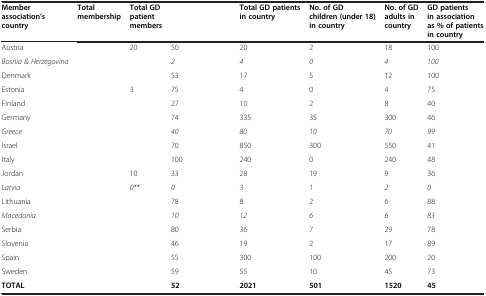
<table><thead><tr><td><b>Member association’s country</b></td><td><b>Total membership</b></td><td><b>Total GD patient members</b></td><td>[EMPTY_CELL]</td><td><b>Total GD patients in country</b></td><td><b>No. of GD children (under 18) in country</b></td><td><b>No. of GD adults in country</b></td><td><b>GD patients in association as % of patients in country</b></td></tr></thead><tbody><tr><td>Austria</td><td>[EMPTY_CELL]</td><td>20</td><td>50</td><td>20</td><td>2</td><td>18</td><td>100</td></tr><tr><td><i>Bosnia &amp; Herzegovina</i></td><td>[EMPTY_CELL]</td><td>[EMPTY_CELL]</td><td><i>2</i></td><td><i>4</i></td><td><i>0</i></td><td><i>4</i></td><td><i>100</i></td></tr><tr><td>Denmark</td><td>[EMPTY_CELL]</td><td>[EMPTY_CELL]</td><td>53</td><td>17</td><td>5</td><td>12</td><td>100</td></tr><tr><td>Estonia</td><td>[EMPTY_CELL]</td><td>3</td><td>75</td><td>4</td><td>0</td><td>4</td><td>75</td></tr><tr><td>Finland</td><td>[EMPTY_CELL]</td><td>[EMPTY_CELL]</td><td>27</td><td>10</td><td>2</td><td>8</td><td>40</td></tr><tr><td>Germany</td><td>[EMPTY_CELL]</td><td>[EMPTY_CELL]</td><td>74</td><td>335</td><td>35</td><td>300</td><td>46</td></tr><tr><td><i>Greece</i></td><td>[EMPTY_CELL]</td><td>[EMPTY_CELL]</td><td><i>40</i></td><td><i>80</i></td><td><i>10</i></td><td><i>70</i></td><td><i>99</i></td></tr><tr><td>Israel</td><td>[EMPTY_CELL]</td><td>[EMPTY_CELL]</td><td>70</td><td>850</td><td>300</td><td>550</td><td>41</td></tr><tr><td>Italy</td><td>[EMPTY_CELL]</td><td>[EMPTY_CELL]</td><td>100</td><td>240</td><td>0</td><td>240</td><td>48</td></tr><tr><td>Jordan</td><td>[EMPTY_CELL]</td><td>10</td><td>33</td><td>28</td><td>19</td><td>9</td><td>36</td></tr><tr><td><i>Latvia</i></td><td>[EMPTY_CELL]</td><td><i>0**</i></td><td><i>0</i></td><td><i>3</i></td><td><i>1</i></td><td><i>2</i></td><td><i>0</i></td></tr><tr><td>Lithuania</td><td>[EMPTY_CELL]</td><td>[EMPTY_CELL]</td><td>78</td><td>8</td><td>2</td><td>6</td><td>88</td></tr><tr><td><i>Macedonia</i></td><td>[EMPTY_CELL]</td><td>[EMPTY_CELL]</td><td><i>10</i></td><td><i>12</i></td><td><i>6</i></td><td><i>6</i></td><td><i>83</i></td></tr><tr><td>Serbia</td><td>[EMPTY_CELL]</td><td>[EMPTY_CELL]</td><td>80</td><td>36</td><td>7</td><td>29</td><td>78</td></tr><tr><td>Slovenia</td><td>[EMPTY_CELL]</td><td>[EMPTY_CELL]</td><td>46</td><td>19</td><td>2</td><td>17</td><td>89</td></tr><tr><td>Spain</td><td>[EMPTY_CELL]</td><td>[EMPTY_CELL]</td><td>55</td><td>300</td><td>100</td><td>200</td><td>20</td></tr><tr><td>Sweden</td><td>[EMPTY_CELL]</td><td>[EMPTY_CELL]</td><td>59</td><td>55</td><td>10</td><td>45</td><td>73</td></tr><tr><td><b>TOTAL</b></td><td>[EMPTY_CELL]</td><td>[EMPTY_CELL]</td><td><b>52</b></td><td><b>2021</b></td><td><b>501</b></td><td><b>1520</b></td><td><b>45</b></td></tr></tbody></table>